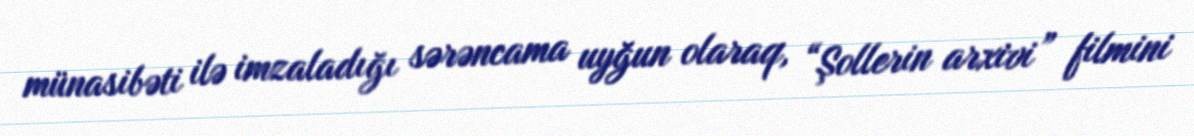
münasibəti ilə imzaladığı sərəncama uyğun olaraq, “Şollerin arxivi” filmini